Annual report of the Imperial Bacteriologist
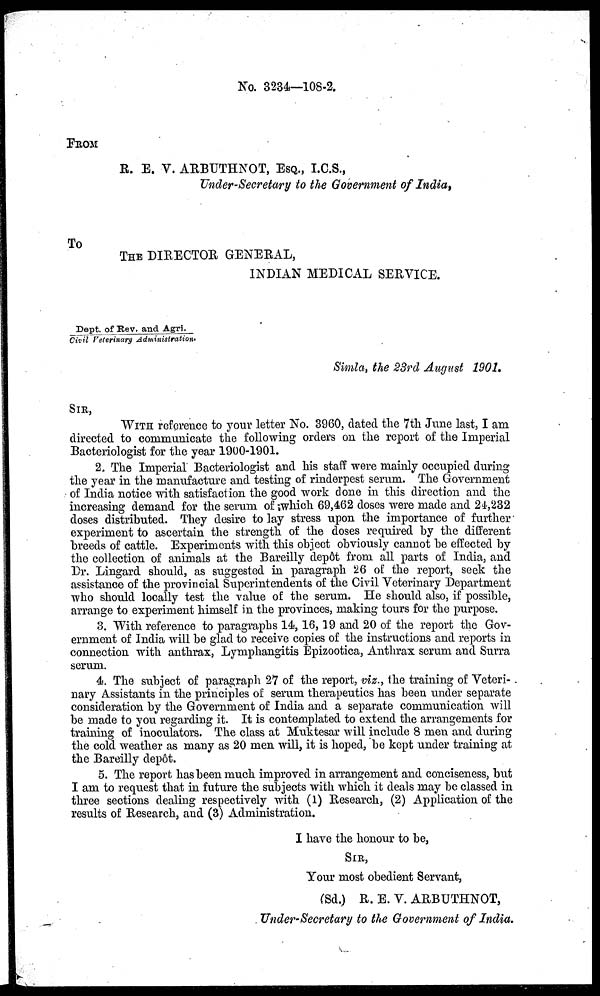
No. 3234—108-2.
FROM
R. E. V. ARBUTHNOT, ESQ., I.C.S.,
Under-Secretary to the Government of India,
To
THE DIRECTOR GENERAL,
INDIAN MEDICAL SERVICE.
Dept. of Rev. and Agri./Civil Veterinary Administration.
Simla, the 23rd August 1901.
SIR,
WITH reference to your letter No. 3960, dated the 7th June last, I am
directed to communicate the following orders on the report of the Imperial
Bacteriologist for the year 1900-1901.
2. The Imperial Bacteriologist and his staff were mainly occupied during
the year in the manufacture and testing of rinderpest serum. The Government
of India notice with satisfaction the good work done in this direction and the
increasing demand for the serum of which 69,462 doses were made and 24,232
doses distributed. They desire to lay stress upon the importance of further
experiment to ascertain the strength of the doses required by the different
breeds of cattle. Experiments with this object obviously cannot be effected by
the collection of animals at the Bareilly depôt from all parts of India, and
Dr. Lingard should, as suggested in paragraph 26 of the report, seek the
assistance of the provincial Superintendents of the Civil Veterinary Department
who should locally test the value of the serum. He should also, if possible,
arrange to experiment himself in the provinces, making tours for the purpose.
3. With reference to paragraphs 14, 16, 19 and 20 of the report the Gov-
ernment of India will be glad to receive copies of the instructions and reports in
connection with anthrax, Lymphangitis Epizootica, Anthrax serum and Surra
serum.
4. The subject of paragraph 27 of the report, viz., the training of Veteri-
nary Assistants in the principles of serum therapeutics has been under separate
consideration by the Government of India and a separate communication will
be made to you regarding it. It is contemplated to extend the arrangements for
training of inoculators. The class at Muktesar will include 8 men and during
the cold weather as many as 20 men will, it is hoped, be kept under training at
the Bareilly depôt.
5. The report has been much improved in arrangement and conciseness, but
I am to request that in future the subjects with which it deals may be classed in
three sections dealing respectively with (1) Research, (2) Application of the
results of Research, and (3) Administration.
I have the honour to be,
SIR,
Your most obedient Servant,
(Sd.) R. E. V. ARBUTHNOT,
Under-Secretary to the Government of India.